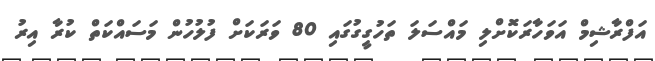
އަފްރާޝިމް އަވަހާރަކޮށްލި މައްސަލަ ތަހުގީގުގައި 80 ވަރަކަށް ފުލުހުން މަސައްކަތް ކުރާ އިރު